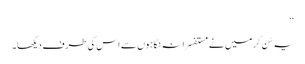
‘‘
یہ سُن کر میں نے مستفسرانہ نگاہوں سے اس کی طرف دیکھا۔